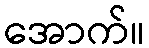
အောက်။